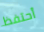
أحتفظ